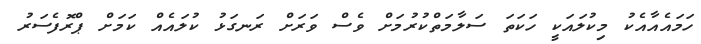
ހަމައެއާއެކު މިކުލައަކީ ހަކަތަ ސަލާމަތްކުރުމަށް ވެސް ވަރަށް ރަނގަޅު ކުލައެއް ކަމަށް ޕްރޮފެސަރު